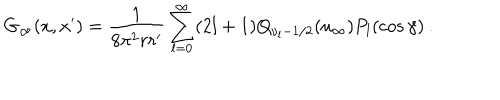
G _ { \infty } ( x , x ^ { \prime } ) = \frac { 1 } { 8 \pi ^ { 2 } r r ^ { \prime } } \sum _ { l = 0 } ^ { \infty } ( 2 l + 1 ) Q _ { \nu _ { l } - 1 / 2 } ( u _ { \infty } ) P _ { l } ( \cos \gamma ) \ .